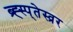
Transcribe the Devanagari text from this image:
ब्र्ह्स्प्तेस्व्रर